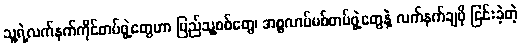
သူ့ရဲ့လက်နက်ကိုင်တပ်ဖွဲ့တွေဟာ ပြည်သူ့စစ်တွေ၊ အစ္စလာမ်မစ်တပ်ဖွဲ့တွေနဲ့ လက်နက်ချဖို ငြင်းခဲ့တဲ့